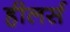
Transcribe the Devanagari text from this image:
हीलर्स